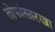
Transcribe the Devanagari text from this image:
तोफांसारखा